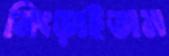
নিংড়াইতাম